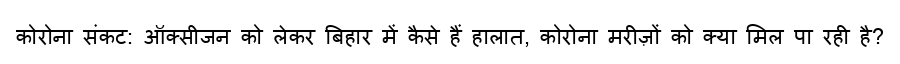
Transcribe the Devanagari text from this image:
कोरोना संकट: ऑक्सीजन को लेकर बिहार में कैसे हैं हालात, कोरोना मरीज़ों को क्या मिल पा रही है?